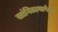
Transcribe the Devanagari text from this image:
सांगितल्यापेक्षा